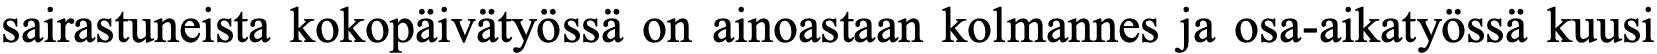
sairastuneista kokopäivätyössä on ainoastaan kolmannes ja osa-aikatyössä kuusi